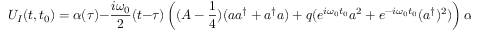
U _ { I } ( t , t _ { 0 } ) = \alpha ( \tau ) - \frac { i \omega _ { 0 } } 2 ( t - \tau ) \left( ( A - \frac 1 4 ) ( a a ^ { \dag } + a ^ { \dag } a ) + q ( e ^ { i \omega _ { 0 } t _ { 0 } } a ^ { 2 } + e ^ { - i \omega _ { 0 } t _ { 0 } } ( a ^ { \dag } ) ^ { 2 } ) \right) \alpha ( \tau ) + \mathrm { r . ~ t . ~ } \, .